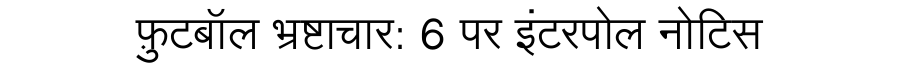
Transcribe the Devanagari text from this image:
फ़ुटबॉल भ्रष्टाचार: 6 पर इंटरपोल नोटिस